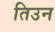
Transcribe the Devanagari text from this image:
तिउन